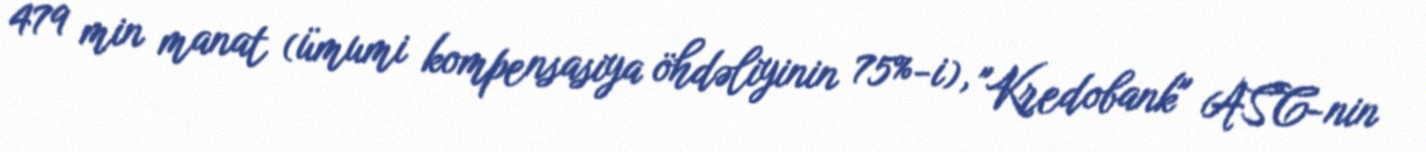
479 min manat (ümumi kompensasiya öhdəliyinin 75%-i), "Kredobank" ASC-nin